Annual report on the lock hospitals of the Madras Presidency
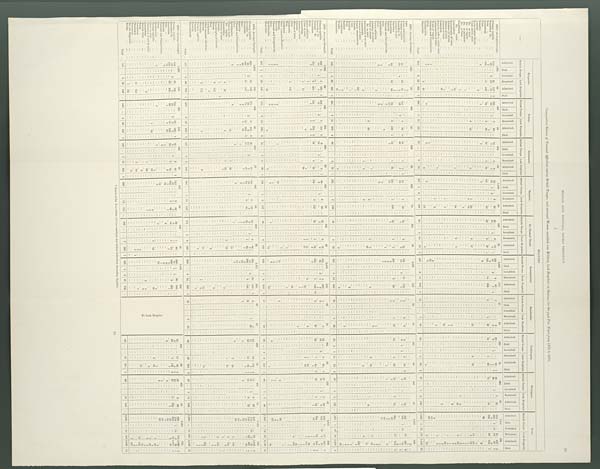
33
MILITARY LOCK HOSPITALS, MADRAS PRESIDENCY.
I.
Comparative Return of Venereal Affections among British Troops; and amongst Women admitted into Military Lock Hospitals at Stations for the past Five Years from 1875 to 1879.
—
MILITARY.
Bangalore.
Bellary.
Cannanore.
Kamptee.
St. Thomas' Mount.
Secunderabad.
Seetabuldee.
Trichinopoly.
Wellington.
Total.
British Troops.
Lock Hospitals. British Troops. Lock Hospitals. British Troops. Lock Hospitals. British Troops.
Lock Hospitals. British Troops. Lock Hospitals. British Troops. Lock Hospitals
British Troops. Lock Hospitals.
British Troops.
Lock Hospitals. British Troops.
Lock Hospitals. British Troops. Lock Hospitals.
Admitted.
Died.
I n v a l i d e d . Remained.
Admitted.
Died.
A d m i t t e d .
Di e d.
I n v a l i d e d .
Remained.
A d m i t t e d .
Died.
A d m i t t e d .
Died.
Invalided.
Remained.
A d m i t t e d .
D i e d .
A d m i t t e d .
Died.
Invalided.
R e m a i n e d .
A d m i t t e d .
Died.
A d m i t t e d .
Died.
I nva l i de d.
Remai ned.
Admi t t e d.
Died.
A d m i t t e d .
Died.
I n v a l i d e d .
Remained.
A d m i t t e d .
Died.
A d m i t t e d .
Died.
I n v a l i d e d .
Remained.
A d m i t t e d .
Di ed.
A d mi t t e d .
died.
I n v a l i d e d .
Remained.
A d m i t t e d .
Died.
A d m i t t e d .
Died.
Invalided.
R e m a i n e d .
A d m i t t e d .
Died.
A d m i t t e d .
Died.
I n v a l i d e d
Remai ned.
A d m i t t e d .
Died.
1875—Average Strength.
1,667.
85
907
95
612
32
1,006
80
367
31
2,280
111
47
19
280
41
503
34
7,669
528
Primary syphilis
...
...
110
...
..
21
117
3
125
...
..
7
64
...
15
...
...
1
9
72
.
...
3
25
...
25
...
6
10
..
199
...
4
61
...
3
2
20
24
1
49
...
1
25
...
618
...
..
43
337
4
Secondary do.
...
...
43
...
6
18
14
4
58
1
...
... 9
5
61
1
2
...
12
... 1
...
2
1
67
9
...
1
1
...
4
...
9
1
1
1
26
...
1
...
...
285
1
21
18 I27
7
Bubo
...
...
...
1
...
...
... 1
...
...
...
1
...
...
...
...
...
...
...
...
...
...
...
...
-
..
...
...
...
...
...
...
...
...
...
...
...
...
1
...
3
3
Gonorrhœa
...
134
...
...
11
109
...
93
2
95
...
35
...
4
52
...
121
...
...
52
..
25
...
...
3
37
1
193
...
...
14
238
... 9
1
32
...
14
...
1
38
...
12
...
-
55
...
636
...
..
3 .6.
708
1
Ulcer
...
...
...
...
.
.
...
.
...
..
...
...
..
...
...
...
...
...
...
...
...
,..
...
...
...
...
...
...
...
...
...
...
...
...
...
...
...
..
..
-
„.
.
...
...
...
...
...
...
...
...
Balanitis
...
”,.,
... 2
...
...
1
7
...
...
...
1
...
...
-
...
...
...
...
...
...
...
. . .
-
..
..
...
...
-
...
...
...
...
20
Anæmia
...
...
...
...
...
... 2
...
-
...
...
...
...
. ..
...
...
...
...
...
...
...
...
-
...
...
-
...
...
...
. . ...
..
-
-
..
...
. .
...
...
...
...
...
...
2
Recto-vaginal fistula
..
.
...
...
...
...
-
..
...
...
...
. ..
...
...
...
. .
...
...
...
...
...
-
-
...
...
...
...
..
.
..
...
...
...
. . .
...
...
...
Ulcer cervix uteri
...
...
...
...
...
...
...
...
...
...
...
,..
-
...
...
...
...
.
...
...
...
. . .
...
...
...
. . .
-
...
...
...
...
1
...
Do. os uteri
...
...
...
...
...
...
6 15
...
...
3
...
...
1
30
...
...
3
17
...
...
...
...
...
10
...
...
- 3
-
19
. . .
...
...
...
...
...
...
13
94
Do. of vagina
...
...
...
...
...
...
...
...
...
...
...
...
...
...
2
16
...
...
...
...
...
...
...
...
...
...
...
..
...
...
...
...
...
...
...
...
...
...
...
2
16
...
Do. of perineum ... ...
...
... 1
...
...
...
...
...
...
...
...
-
...
...
...
...
...
...
...
-
-
...
...
...
...
...
...
...
...
...
...
...
...
...
-
...
...
... 1
...
Do.
of labia ...
...
...
...
. . .
...
...
..
...
...
..
...
...
. . .
...
1
...
...
...
...
. .
......
-
...
...
...
...
...
. . .
... 1
Condyloma ... ...
...
. . 1
...
..
...
...
...
1
Do.
vulva...
...
...
...
...
...
...
...
...
...
...
-
...
...
...
...
...
. . .
...
...
...
...
..
...
...
-
...
...
...
...
...
...
...
...
...
...
..
...
...
...
...
...
...
...
...
...
. . .
1
2 ...
. . . ...
1
2
Leucorrhœa
...
...
12
...
...
...
...
...
..
...
...
...
1
29
...
...
...
...
2
6
...
...
...
...
...
...
...
...
...
.
...
...
...
...
...
. . .
. . .
48
2
96
...
Hypertrophy of vulva
...
...
... 2
...
...
...
...
-
...
...
...
...
...
...
...
...
...
...
...
..
-
...
-
...
...
...
...
...
...
...
...
...
...
...
2
...
Abrasion of uterus
. .
...
. . .
...
...
...
...
...
...
...
...
...
...
...
-
-
...
-
. . .
...
...
...
4
...
...
...
. . .
...
...
...
...
..
. . .
...
7
Œdema of labia
...
...
...
...
...
...
...
...
...
...
...
...
...
...
...
...
-
. . .
...
1
..
3
. . . ...
1
-.
Abscess of labia
...
...
...
...
... 1
...
...
...
...
-
.'
-
..
...
1
1
...
...
.'.
...
...
...
...
...
...
...
...
...
...
...
. . .
. . .
_.
...
...
...
...
...
-
...
1 2
Catamenia
...
...
...
...
...
50
...
..
...
...
...
-
...
...
...
-
...
...
10
...
...
...
...
60
Granular inflam. cervix uteri
.
.....
...
. . .
. .
...
...
...
..
...
'..
...
...
...
...
...
...
...
...
...
...
...
...
...
...
...
...
...
...
-
-
...
. . .
...
...
...
...
. . . ...
...
2
...
Inflammation of labia ...
...
...
..
. . .
...
...
...
.'
...
1
.. .
...
...
...
...
...
.'
...
...
-
...
...
.. .
...
...
...
...
.
-
. . .
..
..
-
2
...
...
1
Warts of vagina
...
...
...
. . .
...
...
...
...
1
2
1
...
-
1 3
Phimosis and Paraphimosis
1
...
...
...
...
...
...
...
...
...
...
...
...
..
-
.....
-
..
...
...
...
...
...
...
...
...
...
...
...
2
...
...
...
...
.-.
...
...
...
...
..
...
...
-
...
-
...
...
...
. . .
...
-
...
..
...
...
...
3
...
...
Gleet
...
...
...
... 4
. . .
...
..
...
...
1
...
...
...
...
..
...
...
...
...
...
...
... 13
...
...
...
...
...
...
...
...
...
...
18
...
...
...
.
Epididymitis
...
7
...
...
...
. . .
...
3
...
...
3
2
...
...
...
...
...
... 5
..
.
...
...
...
...
...
...
...
. . .
...
...
...
20
...
..
...
...
..
Observatio
...
...
...
...
2
53
...
...
...
...
...
...
...
...
...
...
3
...
...
12
...
...
...
... 3
...
...
...
...
...
...
...
...
...
...
..
...
...
2
...
...
-
..
...
...
...
2
73
...
Total ...
302
...
6
52
363
7
280
...
1
15
175
...
70
...
5
74
...
257
1
2
8
168
...
62
...
1
14
75
2
490
...
9
18
300
1
12
...
1
64
..
43
...
1
4
85
2
87
...
1
2
136
...
1,603
1
21 119
1,440
12
1876—Average Strength.
1,641
76
898
80
626
33
909
74
341
28
2,327
121
50
10
267
40
447
4
7,576
508
Ague
...
...
...
...
...
...
...
...
2
...
...
...
...
...
...
...
' ...
...
...
...
-
-
...
...
...
...
-
...
...
...
'..
..
..
...
...
...
...
...
...
...
2
Acute rheumatism
...
...
...
...
...
...
1
.
- .
...
..
...
...
...
...
-..
-
...
...
...
...
...
...
...
-
...
...
-
...
-
..
...
...
...
. .
...
-
...
..
...
1
Primary syphilis
...
40
...
.
10
61
1
141
... ...
..
4
48
2
13
...
1
2
1
57
...
1
50
...
19
2
12
...
183
...
..
11
143
...
3
2
2
5
..
5
1 8
2
2 6
55
....
487
..
.
34
391
6
Secondary do.
...
24
4
4
..
16
7
40
...
2
18
...
...
...
...
1
... 3
75
5
1
2
...
...
3
1
1
...
8
1
...
5
..
187
1
18
...
15
..
General dropsy
...
...
...
..
...
...
1
1
...
...
...
...
...
...
...
...
..
...
...
...
...
-
...
...
...
...
...
..
...
...
...
...
-
...
...
...
...
...
. .
...
...
...
'.
-
...
...
...
1
1
Diarrhœa
...
...
...
..
...
2
...
...
...
...
...
...
...
. . .
...
...
...
...
...
...
-
..
...
...
...
...
...
...
...
...
...
...
...
...
2
Gonorrhœa
...
...
88
...
...
12
93
...
75
-.
8
199
1
12
...
1
62
158
..
...
1
108
22
...
...
1
7
._
209
...
2
98
...
8
1
50
13
...
...
4
3 3
1 9
3
54
...
604
704
1
Balanitis
...
4
...
...
...
10
...
...
...
...
...
1
...
...
12
...
...
...
...
... 1
...
...
...
9
...
...
...
...
3
...
...
...
2
...
...
..
42
.
...
...
...
...
Phimosis and Paraphimosis
...
...
...
...
...
1
...
...
...
...
...
...
-
-
...
...
...
...
...
...
...
...
...
...
... 2
. . .
...
...
...
...
. . .
...
...
3
...
...
...
Bubo
...
...
...
-
...
...
...
...
...
...
3
...
...
...
...
...
-
...
-
...
1
6
...
...
1
1
...
7
5
Epididymitis
1
...
...
5
...
...
...
-
...
....
...
...
7
...
.
...
...
...
...
...
-
...
7
-
...
...
-
-
...
20
...
...
...
...
Gleet
.
...
...
...
5
3
...
...
'..
..
..
3
...
...
...
...
...
...
...
...
...
...
...
...
,..
...
...
11
...
...
...
...
Pelvic cellutitis
...
...
...
...
2
...
...
...
...
...
...
...
...
...
...
..
...
-
...
...
...
...
...
...
...
...
...
...
...
...
...
.
...
...
...
...
...
2
Abrasion of uterus
...
...
...
...
...
...
...
...
...
-
...
...
...
...
..
...
...
...
-
...
...
...
...
...
...
...
...
1
...
...
...
...
...
...
...
...
...
..
2
Ulcer of uterus
...
...
...
...
...
...
...
-
...
-
...
...
...
1
...
-
...
...
...
...
...
...
...
...
-
...
...
...
...
2
...
3
Do. os uteri
...
...
2
23
...
...
...
...
...
...
...
2
...
...
1
7
...
-
4
...
...
...
2
13
...
...
...
...
...
...
7
47
...
Excoriation of os uteri
...
...
...
...
...
...
...
...
...
...
...
...
...
...
. ..
...
...
...
...
...
53
...
...
...
...
...
...
1
8
Leucorrhœa ... ... ...
...
-
...
2
...
..
...
...
...
...
1
3
...
...
...
2
...
...
..
...
..
...
...
...
...
...
...
...
...
...
...
. . .
...
...
...
...
...
...
...
73
.-
Abscess of labia
...
...
...
...
...
...
...
..
...
...
...
...
...
-
...
...
...
...
...
-
...
...
...
...
...
7
.-
...
...
...
...
...
...
4
Scanty menstruation ...
...
...
...
107
..
...
-
...
...
...
...
...
...
-
...
...
. . .
-
..
-
...
-
...
...
. . .
..
...
...
...
...
Abscess ...
...
.,
...
...
...
1
...
...
...
...
...
...
...
-
...
...
...
...
...
...
...
...
...
...
...
...
...
...
. . . .
...
-
-
-
-
107
...
Ulcer
...
...
...
.
...
...
...
...
-
-
..
...
-
...
...
...
...
-
...
-
-
...
...
...
...
...
. . .
...
. . . ...
-
...
. . .
1
Whitlow
...
...
-
...
...
...
...
1
...
...
..
...
...
...
..'
..
-
-
...
...
...
-
..
..
. . .
...
..
...
-
...
Wart
...
...
...
...
...
...
...
...
...
..
..
...
...
.
-
'..
2
...
...
...
...
...
...
...
-
..
-
-
.'
..
...
-
. . .
-
1
Scabies
...
...
-
...
...
...
...
...
...
-
...
-
...
...
...
...
...
...
...
...
...
...
...
-
...
...
...
..
...
...
...
...
-
-
-
...
2
Condyloma
...
...
...
...
8
...
...
...
...
'.
...
...
...
...
...
...
...
...
...
...
...
...
...
...
...
...
1
...
...
...
...
...
-
...
-
...
...
...
9
Wound
...
...
...
...
...
1
...
...
...
-
'.
...
...
...
...
...
...
...
-
-
-
...
...
..
...
...
...
...
...
...
...
...
...
...
...
...
...
...
...
-
...
...
...
...
...
1
Observatio
...
...
...
..
..
41
...
-
..
...
...
...
-
...
...
...
...
...
...
...
-
...
...
2
...
..
...
...
...
...
...
...
...
...
...
...
...
...
...
...
...
...
...
..
49
. .
Total ...
162
...
4
22
327
2
251
...
7
14
273
3
66
...
3
74
1
255
6
158
,..
43
...
4
85
-
491
5
13
250
... 16
_
3
56
...
21
1
1
11
72
2
56
.
1
4
123
...
1,361
1
18
78
1,418
8
1877—Average Strength.
1,730
89
844
105
634
30
830
70
321
49
2,400
150
49
18
285
45
523
43
7,616
599
Primary syphilis
...
...
226
1
4
105
1
242
6
113
4
6
...
...
1
8
1
48
...
..
3
30
...
37
...
...
3
16
...
245
...
..
4
282
...
7
2
32
...
...
4
32
1
17
...
2
39
...
860
1
..
27
627
7
Secondary do.
23
...
1
...
2
13
8
...
14
...
1
...
...
8
1
...
...
5
3
65
...
2
1 3
2
10
...
5
...
14
...
1
1
2
...
154
...
19
2
10
...
Tertiary do. ...
...
...
. ..
...
...
. . .
...
...
-
...
...
...
...
...
...
...
...
...
...
...
...
5
...
...
...
...
...
...
...
...
...
...
...
...
...
...
...
...
...
...
...
5
Gonorrhœa
...
...
...
170
...
...
2
204
...
141
....
7
273
3
33
3
34
119
...
5
127
...
53
....
...
1
39
...
183
...
...
1
126 *1
5
...
47
52
1
44
3
32
2
52
...
788
...
...
22
946
7
Bubo
...
...
7
...
1
.....
1
6
1
...
...
...
...
...
...
...
...
...
...
...
2
2
...
...
...
...
...
1
1
10
1
10
1
Pelvic cellutitis
...
1
...
...
...
...
...
...
...
...
...
...
-
..
...
...
...
...
...
...
...
...
...
. . .
...
-
...
...
...
...
-
. . .
...
1
..
....
Ulcer os uteri
...
...
...
5
...
..
...
...
...
1
11
...
2
8
...
1
33
4
86
Leucorrhœa ... ... ...
...
...
..
1
17
...
...
...
2
...
...
...
...
39
...
...
...
...
...
-
...
...
...
1
51
-
...
-
...
27
-
. . .
...
...
...
...
2
43
...
...
..
...
4
151
...
Abscess of labia
...
...
...
...
...
...
...
.
...
...
...
...
...
...
...
...
...
...
1
...
...
...
..
...
...
...
...
...
1
.
Contusio
...
...
...
...
...
...
1
...
...
...
...
...
...
...
...
...
...
...
...
...
...
1
...
...
...
...
...
...
...
...
. .
1
Œdema of labia ...
...
...
...
.
...
...
...
...
...
. . .
...
...
...
-
...
...
...
...
...
...
...
...
...
...
...
...
...
...
...
...
1
Ulcer
...
...
...
...
...
...
...
...
...
...
...
...
...
...
...
...
...
...
...
...
...
...
1
...
...
...
-
...
...
-
...
.
...
..
...
.
45
...
Catamenia
...
...
...
4
158
...
...
...
...
-
...
.
-.
..
...
...
...
...
...
...
45
...
... . ...
...
...
...
...
-
-
-
. .
..
...
...
4
158
Wart ... ... ...
..
...
...
...
...
...
..
...
...
...
...
...
...
...
...
...
-
...
.
...
...
...
...
...
...
...
. . .
...
...
1
...
Condyloma
...
. . .
...
..
...
...
...
...
...
...
...
...
...
...
...
...
-
1
...
...
..
1
..
...
...
-
-
...
...
...
...
...
1
Other venereal affections ...
- .
...
...
...
...
...
...
-
-
...
...
-
...
...
...
...
..
..
...
. . .
...
...
. . ..
...
..
. . .
...
Metritis
...
...
...
...
...
...
...
...
...
...
...
..
...
...
...
...
...
1
...
...
...
...
...
...
...
...
...
...
-
...
...
...
1
Balanitis
...
...
...
...
...
...
5
-
...
1
...
..
...
10
...
...
...
...
...
...
...
17
...
...
...
...
2
...
..
3
. .
...
3 9
Phimosis and Paraphimosis
... 1
...
...
1
...
...
...
...
...
...
...
...
...
...
...
...
...
1
...
...
...
...
...
...
...
...
...
. . .
-
...
...
...
-
4
...
...
...
.
Gleet
...
...
...
... 2
...
3
...
-
1
...
...
..
...
...
...
3
...
...
...
...
...
1
9
.....
Epididymitis
...
1
...
8
...
...
...
. . .
...
3
...
...
...
...
1
...
...
...
...
...
6
...
...
...
...
...
...
2
...
...
...
.
1
...
22
Observatio
...
...
... 1
...
...
...
60
...
...
4
...
...
...
3
...
. .
...
...
...
..
...
14
...
...
..
...
12
...
...
..
...
...
...
3
...
...
...
...
...
...
..
...
...
...
96
...
...
Total ...
431
1
1 12
547
1
414
8
14
398
8
54
1
4
89
1
189
1
8
157
...
96
...
...
6
138
...
522
...
2
8
503
1
16
58
96
...
5
8
156
4
68
...
1
5
94
...
1,886
1
19
65
2,140
15
1878—Average Strength.
1,610
109
869
96
610
47
845
65
313
67
2,471
254
48
20
269
70
407
41
7,472
769
Primary syphilis
...
...
220
...
15
149
171
..
13
134
4
3 8
15
...
102
...
3
59
...
5 8
3
66
...
294
...
.
30
476
1
9
5
34
...
...
10
116
3
21
...
.
8
29
...
947
...
...
82
1,049
8
Secondary do.
...
...
36
...
3
.
4
..
23
3
.
6
..
1 2
2
2
..
18
...
1
...
3
9
1
.
7
...
45
...
3
...
2
29
.
11
...
6
1
18
1
172
14
2
57
1
Gonorrhœa
...
...
...
186
...
...
11
197
74
...
13
206
3
5 1
43
...
72
...
...
8
65
...
33
..
...
1
68
...
266
...
...
3
146
12
...
...
...
39
...
...
11
83
1
16
6
79
749
...
..
53
887
4
Bubo
...
...
... 20
...
3
1
1
...
1
1
...
...
2
1
2
...
...
...
...
...
...
5
1
28
1
22
1
Balanitis
7
...
...
2
...
4
3
...
...
7
...
...
26
...
...
...
1
...
1
...
...
2
... 53
Phimosis and Paraphimosis ...
1
...
...
...
......
...
-
...
1
...
...
3
...
...
..
.
...
...
...
-
5
...
Gleet
. . .
...
...
...
..
2
...
...
5
...
...
...
...
. . .
15
...
...
...
...
...
...
-
...
...
...
-
...
22
...
-
...
...
...
Epididymitis ... ...
5
...
...
..
5
.
...
. . .
...
...
...
-
...
1
...
..
5
...
4
..
...
...
...
...
20
...
...
Ulcer os uteri ...
...
...
...
...
...
...
...
..
15
...
1
22
...
...
...
...
...
11
...
...
...
..
...
...
7
58
...
...
...
...
...
...
8
106
...
Do. vagina
...
...
..
...
-
...
...
...
...
...
...
...
...
...
. . .
...
...
..
...
...
...
...
...
...
...
...
...
...
...
. . .
. .
...
...
. . .
...
Leucorrhœa ... ...
2
26
-
...
..
1
...
...
...
1
63
...
...
...
...
...
...
2
10
...
...
...
...
...
. . .
...
...
1
24
...
...
6
124
Abscess of labia
...
...
...
..
...
...
...
...
1
-
...
...
...
...
...
...
...
...
...
...
...
...
7
-
...
...
...
...
...
...
...
...
...
8
...
Contusio
...
...
...
...
1
1
...
...
...
...
...
...
...
. .
..
...
...
...
...
...
...
...
...
...
...
. . .
...
...
...
...
...
...
...
...
..
...
...
1
1
Hypertrophy of clitoris
...
...
-
-
...
. . .
-
...
...
.
-
...
...
...
-
-
.
...
...
..
...
...
...
...
...
...
..
.
...
...
. . .
-
...
...
-
Menses
...
...
2
155
...
...
..
...
-
...
..
-
...
...
...
...
..
...
.
...
. . .
...
...
...
...
. .
...
...
-
...
...
2
155
. . .
Wart ... ... ... ...
...
...
...
...
...
...
...
..
. . .
. .
...
...
...
...
...
...
-
...
...
...
...
5
...
-
-
...
...
...
...
...
-
...
...
-
...
5
Condyloma
...
...
...
...
...
...
...
2
...
...
-
...
-
...
-
...
...
-
...
2
...
-
...
...
..
...
...
...
...
. . .
...
...
...
...
...
...
4
Other venereal affections
...
...
...
...
...
-
-
...
...
...
...
...
...
...
...
...
...
...
...
...
...
...
...
-
. . .
-
...
..
. .
...
...
. . .
. . .
Metritis
...
...
...
...
-
...
..
...
-
...
...
...
...
...
...
...
...
...
...
...
...
...
...
...
Obervatio
...
...
...
...
...
5
172
...
...
1
-
. . .
9
...
...
...
...
...
17
...
...
..
12
...
...
...
...
...
.
...
5
2 2 4
...
Teritary syphilis
...
...
...
..
...
...
...
...
...
...
...
...
...
...
...
-.
. . .
...
...
1
3
...
..
...
...
1 3
...
...
...
-
...
...
...
...
1
3
...
Fracture
...
...
...
...
...
...
...
...
...
...
-
...
...
...
1
...
...
...
..
...
...
-
1
Pruritus
...
...
...
...
-
...
...
...
...
...
..
-
...
...
...
...
...
...
...
...
...
...
...
1
...
...
...
...
...
...
...
...
... 1
Non-venereal
...
...
...
...
...
...
...
...
...
...
...
...
...
...
...
...
...
...
...
...
...
...
...
...
...
...
.
...
...
...
. . .
...
...
...
...
...
...
...
...
...
...
-
...
...
...
...
...
Total ...
475
...
3
36
705
1
278
3
27
378
7
107
...
2
2
156
...
201
...
1
11
1 2 7
...
111
...
1
6
183
...
656
...
3
34
650
1
22
...
2
34
...
89
...
29
305
6
57
...
1
14
108
...
1,996
...
14 161
2,646
15
1879—Average Strength.
1,278
106
599
103
428
53
877
53
306
65
2,181
292
N o L o c k H o s p i t a l .
164
60
473
41
6,306
773
Primary syphilis
...
...
346
...
..
21
135
154
..
25
166
1
27
2
33
1
112
...
...
6
39
...
59
...
...
1
90
...
226
.
...
36
442
...
25
...
...
11
92
4
37
2
39
986
104 1,036
6
Secondary do.
...
...
41
...
3
5
20
...
5.
2
7
...
3
...
...
12
...
...
1
2
6
1
71
1
5
.
...
6
4
1
20
....
...
179
1
14
4
18
1
Gonorrhœa
...
...
155
...
...
20
223
...
68
...
...
15
128
...
72
73
...
103
...
...
7
63
...
44
...
...
4
74
...
189
..
...
.3
266
..
23
...
...
4
130
2
31
...
...
11
120
...
685
...
...
67 1,077
2
Bubo
...
...
...
...
15
...
...
...
...
1
24
...
...
...
...
2
.
1
1
...
...
...
1
7
...
...
...
1
...
...
...
1
...
1
24
5
31
...
Balanitis
...
5
...
...
...
...
...
...
...
1
...
...
...
13
...
...
6
6
...
...
...
...
2
5
...
...
38
Phimosis and Paraphimosis ...
...
...
...
...
2
...
...
...
...
...
...
...
...
...
. . .
5
..
...
...
..
...
...
...
...
...
7
. . .
...
Gleet
...
...
...
...
...
...
...
...
12
...
...
...
...
...
...
...
7
...
...
...
-
...
...
...
1
...
20
...
...
...
...
Epididymitis...
...
...
3
3
...
1
...
3
...
...
...
1
10
...
...
-
2
...
23
Tertiary syphilis
1 ...
2
...
...
...
...
.
...
...
...
...
4
Ulcer os uteri
...
...
...
...
...
...
...
1
18
10
...
...
...
...
...
6
...
...
-
1
12
...
...
16
...
...
...
1
...
4
93
...
Ulceration of cervix uteri
...
...
...
...
...
...
...
...
..
...
...
-
2
...
...
...
. . .
...
.
...
...
2
31
...
2
Leucorrhœa
...
...
...
...
...
2
...
..
...
...
7
58
...
...
...
1
...
...
...
...
...
...
...
...
...
-
-.
...
...
...
. . .
...
. . .
...
7
65
...
Abscess labia
...
...
...
...
...
...
...
...
...
...
...
...
-
...
-
...
. .
-
...
...
..
..
...
...
...
...
...
...
2
5
4
...
.'
-
...
...
2 5
Warts
...
...
...
...
...
...
...
...
...
...
...
-
...
...
...
...
.
5
...
...
...
...
...
...
. . .
. . .
...
...
...
4
...
...
...
...
...
..
...
9
Condyloma
...
...
...
...
...
...
...
...
...
...
...
...
...
...
...
...
...
...
...
...
4
...
..
...
...
...
11
-
15
Observatio
...
...
...
...
..
11
113
...
2
14
...
...
7
...
7
..
...
...
...
...
...
13
141
...
Pneumonia
...
...
...
...
...
...
...
...
...
...
...
...
...
...
...
...
...
...
...
1
1
...
...
...
...
...
...
...
...
...
...
...
...
...
...
...
...
...
...
...
...
1
1
Not yet diagnosed
...
...
...
...
..
...
...
...
...
...
...
...
...
8
...
...
...
...
. .
....
..
. .
. . .
...
...
. . .
...
...
..
8
Menses
...
...
...
. . .
1
161
...
...
...
...
...
...
...
...
...
...
...
...
...
...
...
...
...
...
..
...
...
...
...
...
...
...
...
...
-
...
...
...
. . .
...
...
...
...
...
...
...
...
...
1
161
...
Total ...
565
...
3
53
639
...
246
...
5
48
343
1
106
...
1
14
204
1
256
...
...
14
114
..
116
...
...
7
189
1
521
1
5
41
743
...
56
...
17
274
7
96
...
...
13
160
...
1,962
1
14
207 2,666
10
* Admitted for Gonorrhœa, but her condition was broken down from Secondary Syphilis.
10